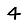
Digit: 4